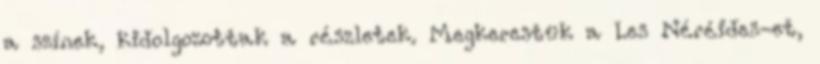
a színek, kidolgozottak a részletek. Megkerestük a Les Néréides-et,